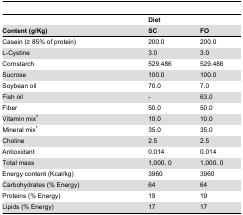
<table><thead><tr><td></td><td><b>Diet</b></td><td></td></tr><tr><td><b>Content (g/Kg)</b></td><td><b>SC</b></td><td><b>FO</b></td></tr></thead><tbody><tr><td>Casein (≥ 85% of protein)</td><td>200.0</td><td>200.0</td></tr><tr><td>L-Cystine</td><td>3.0</td><td>3.0</td></tr><tr><td>Cornstarch</td><td>529.486</td><td>529.486</td></tr><tr><td>Sucrose</td><td>100.0</td><td>100.0</td></tr><tr><td>Soybean oil</td><td>70.0</td><td>7.0</td></tr><tr><td>Fish oil</td><td>-</td><td>63.0</td></tr><tr><td>Fiber</td><td>50.0</td><td>50.0</td></tr><tr><td>Vitamin mix*</td><td>10.0</td><td>10.0</td></tr><tr><td>Mineral mix*</td><td>35.0</td><td>35.0</td></tr><tr><td>Choline</td><td>2.5</td><td>2.5</td></tr><tr><td>Antioxidant</td><td>0.014</td><td>0.014</td></tr><tr><td>Total mass</td><td>1,000. 0</td><td>1,000. 0</td></tr><tr><td>Energy content (Kcal/kg)</td><td>3960</td><td>3960</td></tr><tr><td>Carbohydrates (% Energy)</td><td>64</td><td>64</td></tr><tr><td>Proteins (% Energy)</td><td>19</td><td>19</td></tr><tr><td>Lipids (% Energy)</td><td>17</td><td>17</td></tr></tbody></table>